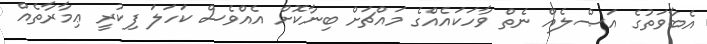
އެބާވަތުގެ އަޞްލެއް ނެތް ވާހަކައެއްގެ މައްޗަށް ބިނާކޮށް އެއްވެސް ކަހަލަ ފިކުރީ ޢިމާރާތެއް